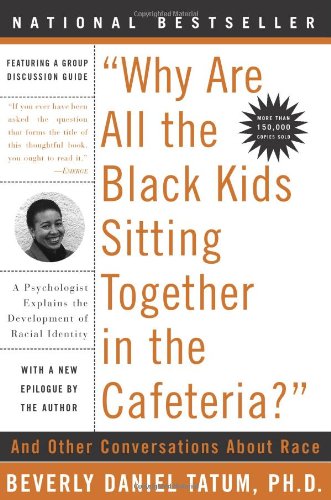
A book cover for Why Are All the Black Kids Sitting Together in the Cafeteria: And Other Conversations About Race; Beverly Daniel Tatum; Politics & Social Sciences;